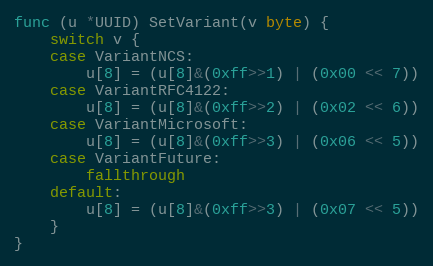
Language: Go
func (u *UUID) SetVariant(v byte) {
	switch v {
	case VariantNCS:
		u[8] = (u[8]&(0xff>>1) | (0x00 << 7))
	case VariantRFC4122:
		u[8] = (u[8]&(0xff>>2) | (0x02 << 6))
	case VariantMicrosoft:
		u[8] = (u[8]&(0xff>>3) | (0x06 << 5))
	case VariantFuture:
		fallthrough
	default:
		u[8] = (u[8]&(0xff>>3) | (0x07 << 5))
	}
}